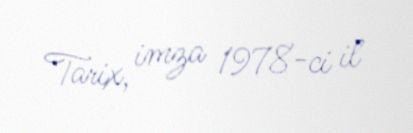
Tarix, imza 1978-ci il